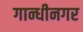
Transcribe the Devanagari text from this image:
गान्धीनगर